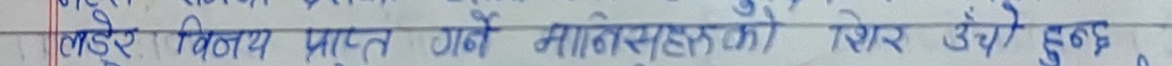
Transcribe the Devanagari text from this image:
लडाइँ विजय प्राप्त गर्ने मानिसहरूको शेर उही हुन्छ